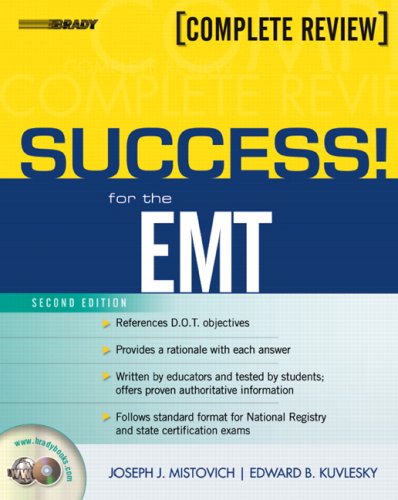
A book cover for SUCCESS! for the EMT-Basic (2nd Edition); Joseph J. Mistovich; Medical Books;